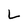
Character: L